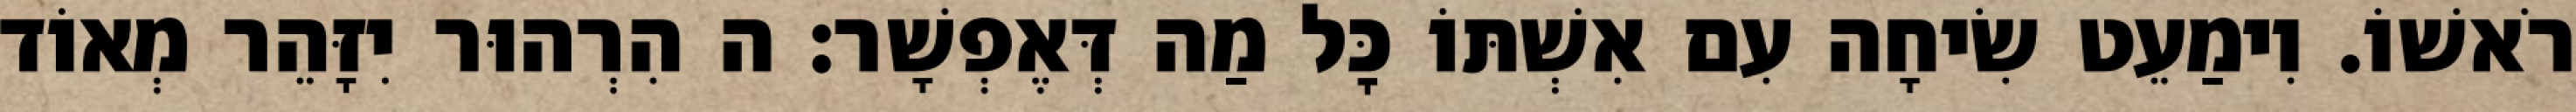
רֹאשׁוֹ. וִימַעֵט שִׂיחָה עִם אִשְׁתּוֹ כׇּל מַה דְּאֶפְשָׁר: ה הִרְהוּר יִזָּהֵר מְאוֹד